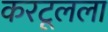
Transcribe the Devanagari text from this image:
करटूलला